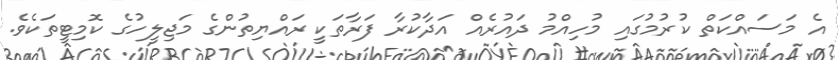
އެ މަސައްކަތް ކުރުމުގައި މުހިއްމު ދައުރެއް އަދާކުރާ ފަރާތަކީ ރައްޔިތުންގެ މަޖިލީހުގެ ކޮމިޓީތަކެވެ.